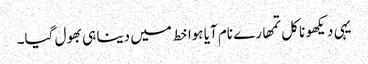
یہی دیکھو نا کل تمھارے نام آیا ہوا خط میں دینا ہی بھول گیا۔